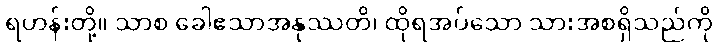
ရဟန်းတို့။ သာစ ခေါဧသာအနုဿတိ၊ ထိုရအပ်သော သားအစရှိသည်ကို